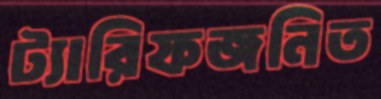
ট্যারিফজনিত